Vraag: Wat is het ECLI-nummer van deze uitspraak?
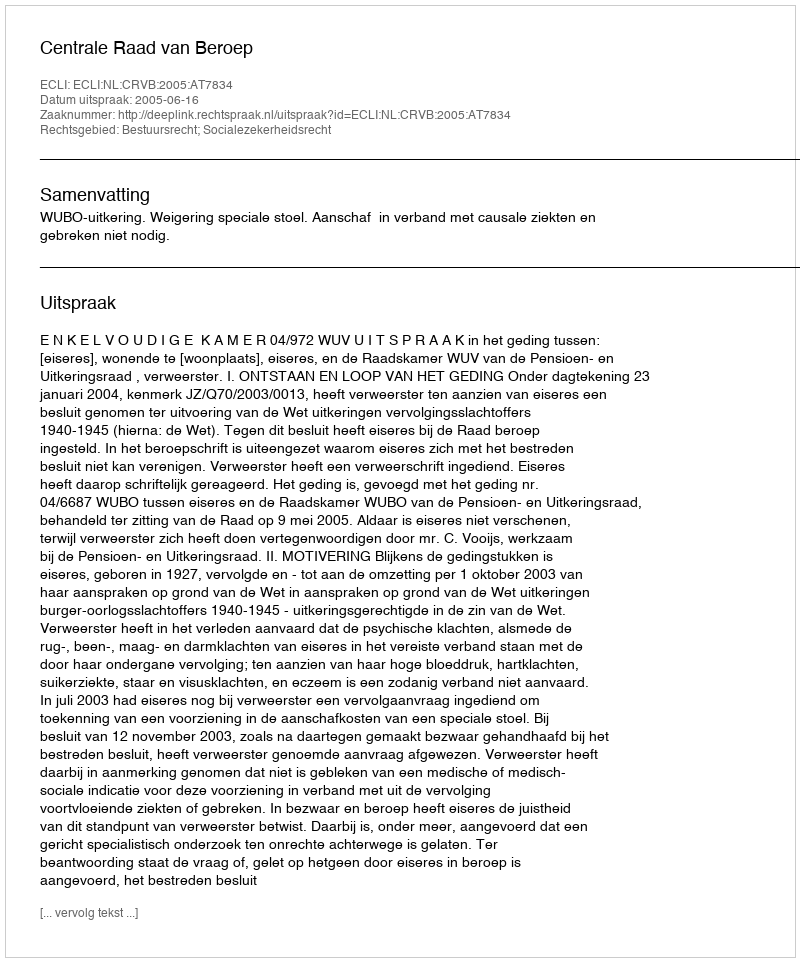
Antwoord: ECLI:NL:CRVB:2005:AT7834